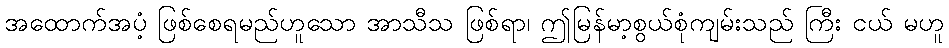
အထောက်အပံ့ ဖြစ်စေရမည်ဟူသော အာသီသ ဖြစ်ရာ၊ ဤမြန်မာ့စွယ်စုံကျမ်းသည် ကြီး ငယ် မဟူ